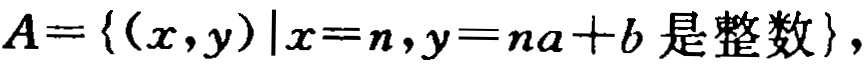
\(A=\{(x,y)|x = n,y=na + b\text{ 是整数}\}\)